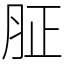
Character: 𦙫